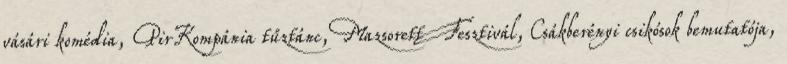
vásári komédia, PirKompánia tűztánc, Mazsorett Fesztivál, Csákberényi csikósok bemutatója,